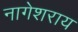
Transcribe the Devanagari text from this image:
नागेशराय